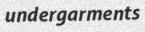
undergarments